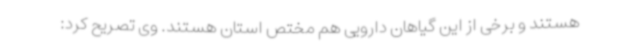
هستند و برخی از این گیاهان دارویی هم مختص استان هستند. وی تصریح کرد: